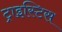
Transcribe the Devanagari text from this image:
ट्राइस्टिस